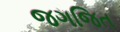
જગજિત